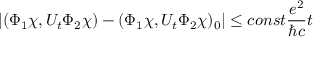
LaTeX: | ( \Phi _ { 1 } \chi , U _ { t } \Phi _ { 2 } \chi ) - ( \Phi _ { 1 } \chi , U _ { t } \Phi _ { 2 } \chi ) _ { 0 } | \leq c o n s t \frac { e ^ { 2 } } { \hbar c } t